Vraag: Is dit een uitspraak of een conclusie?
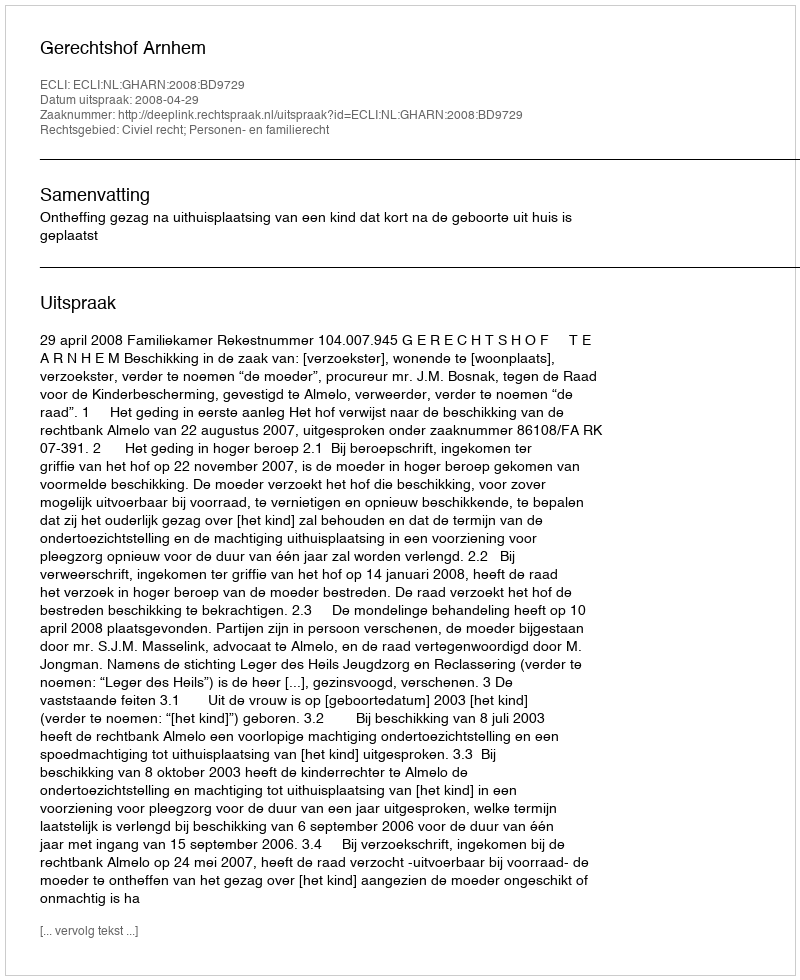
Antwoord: Uitspraak